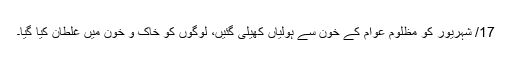
17/ شہریور کو مظلوم عوام کے خون سے ہولیاں کھیلی گئیں، لوگوں کو خاک و خون میں غلطان کیا گیا۔